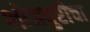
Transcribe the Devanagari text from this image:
भोजपुरीचा